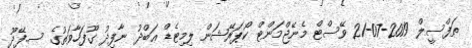
ތަފްސީލް 2019-07-21 ވޭސްޓް މެނޭޖްމަންޓް ކޯޕަރޭޝަން ލިމިޓެޑް ޢަބްދު ނާފިޛު ގޫފަހާވަތުގެ ސ.ފޭދޫ